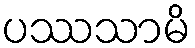
ပဿသာမိ